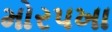
મોરપખા